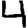
Digit: 4